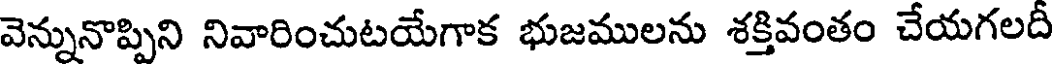
వెన్నునొప్పిని నివారించుటయేగాక భుజములను శక్తివంతం చేయగలదీ